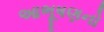
આભૂષણનો